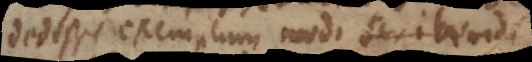
dedisse exemplum modi scribendi